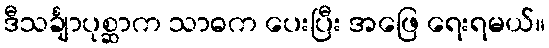
ဒီသင်္ချာပုစ္ဆာက သာဓက ပေးပြီး အဖြေ ရေးရမယ်။